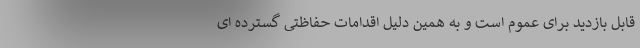
قابل بازدید برای عموم است و به همین دلیل اقدامات حفاظتی گسترده ای